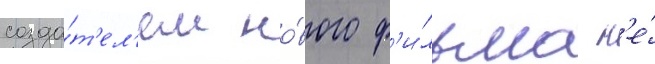
созда́т'ел'ем но́вого ф'и́льма н'е́